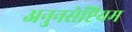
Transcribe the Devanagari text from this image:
अनुनसेप्टियम